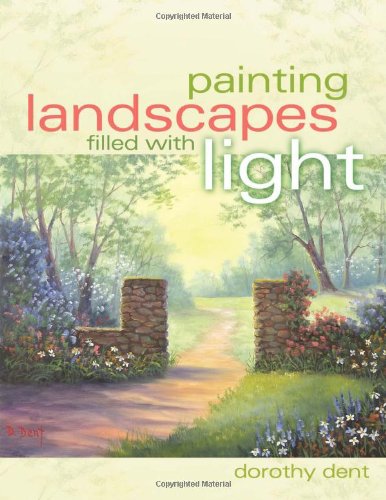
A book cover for Painting Landscapes Filled with Light; Dorothy Dent; Arts & Photography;